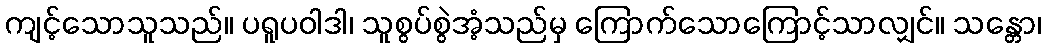
ကျင့်သောသူသည်။ ပရူပဝါဒါ၊ သူစွပ်စွဲအံ့သည်မှ ကြောက်သောကြောင့်သာလျှင်။ သန္တော၊